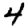
Digit: 4